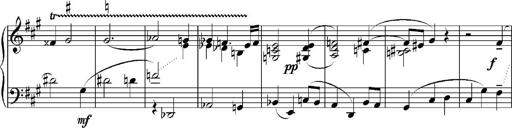
Title: Sonatina No.5
Composer: Otto Stoll
Key: F-sharp minor